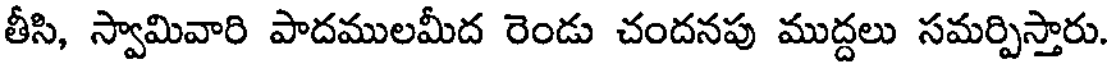
తీసి, స్వామివారి పాదములమీద రెండు చందనపు ముద్దలు సమర్పిస్తారు.